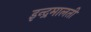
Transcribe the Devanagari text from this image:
इन्द्रमालती